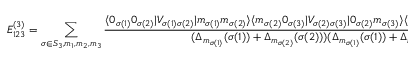
E _ { 1 2 3 } ^ { ( 3 ) } = \sum _ { \sigma \in S _ { 3 } , m _ { 1 } , m _ { 2 } , m _ { 3 } } \frac { \langle 0 _ { \sigma ( 1 ) } 0 _ { \sigma ( 2 ) } | V _ { \sigma ( 1 ) \sigma ( 2 ) } | m _ { \sigma ( 1 ) } m _ { \sigma ( 2 ) } \rangle \langle m _ { \sigma ( 2 ) } 0 _ { \sigma ( 3 ) } | V _ { \sigma ( 2 ) \sigma ( 3 ) } | 0 _ { \sigma ( 2 ) } m _ { \sigma ( 3 ) } \rangle \langle m _ { \sigma ( 3 ) } m _ { \sigma ( 1 ) } | V _ { \sigma ( 3 ) \sigma ( 1 ) } | 0 _ { \sigma ( 3 ) } 0 _ { \sigma ( 1 ) } \rangle } { ( \Delta _ { m _ { \sigma ( 1 ) } } ( \sigma ( 1 ) ) + \Delta _ { m _ { \sigma ( 2 ) } } ( \sigma ( 2 ) ) ) ( \Delta _ { m _ { \sigma ( 1 ) } } ( \sigma ( 1 ) ) + \Delta _ { m _ { \sigma ( 3 ) } } ( \sigma ( 3 ) ) ) }